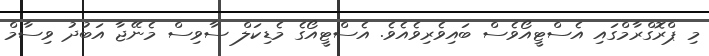
މި ޕްރޮގްރާމްގައި އެސްޓީއޯވެސް ބައިވެރިވެއެވެ. އެސްޓީއޯގެ މެޑިކަލް ސާވިސް މެނޭޖާ އަބުދު ވިސާމް